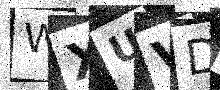
Text: WXUVDQ